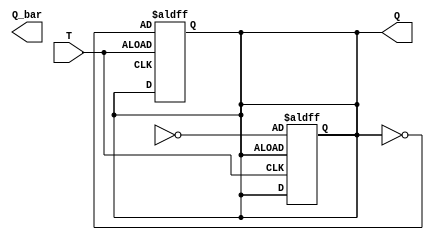
module tff (
    input T,
    output reg Q,
    output reg Q_bar
);

reg D, D_slave;

// Master Flip-Flop
always @* begin
    D = T;
end

always @(posedge D_bar or negedge T)
begin
    if (!T)
        Q <=! Q;
end

// Slave Flip-Flop
always @* begin
    D_slave = Q;
end

always @(posedge D or negedge Q)
begin
    if (!Q)
        Q <=! Q_slave;
end

endmodule